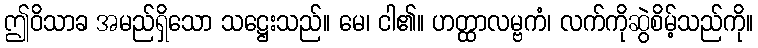
ဤဝိသာခ အမည်ရှိသော သဋ္ဌေးသည်။ မေ၊ ငါ၏။ ဟတ္ထာလမ္ဗကံ၊ လက်ကိုဆွဲစိမ့်သည်ကို။